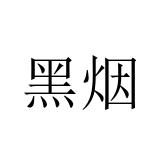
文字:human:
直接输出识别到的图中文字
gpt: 黑烟